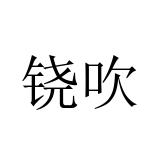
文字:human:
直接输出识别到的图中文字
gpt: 铙吹